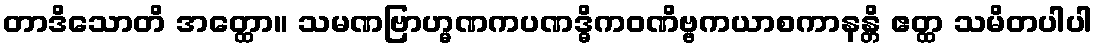
တာဒိသောတိ အတ္ထော။ သမဏဗြာဟ္မဏကပဏဒ္ဓိကဝဏိဗ္ဗကယာစကာနန္တိ ဧတ္ထ သမိတပါပါ